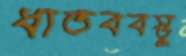
ধাতববস্তু